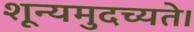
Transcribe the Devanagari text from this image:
शून्यमुदच्यते।